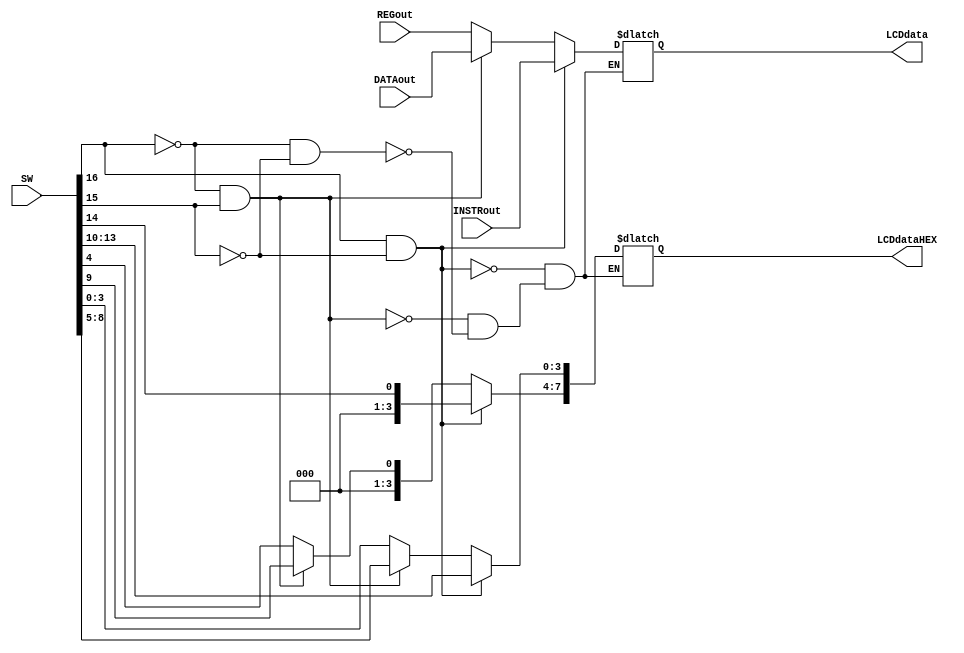
module LCDdata_select(
	input wire [16:0] SW,
	input wire [31:0] REGout,
	input wire [31:0] DATAout,
	input wire [31:0] INSTRout,
	
	output reg [7:0] LCDdataHEX,
	output reg [31:0] LCDdata);	
	
	always @* begin
		if (SW[16] == 0 && SW[15] == 0) begin//00
			LCDdataHEX[7:4] = SW[4];
			LCDdataHEX[3:0] = SW[3:0];
			LCDdata[31:0] = REGout[31:0];
		end
		if (SW[16] == 0 && SW[15] == 1) begin//01
			LCDdataHEX[7:4] = SW[9];
			LCDdataHEX[3:0] = SW[8:5];
			LCDdata[31:0] = DATAout[31:0];
		end
		if (SW[16] == 1 && SW[15] == 0) begin//10
			LCDdataHEX[7:4] = SW[14];
			LCDdataHEX[3:0] = SW[13:10];
			LCDdata[31:0] = INSTRout[31:0];
		end
	end
endmodule